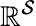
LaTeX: \mathbb{R}^{\mathcal{S}}